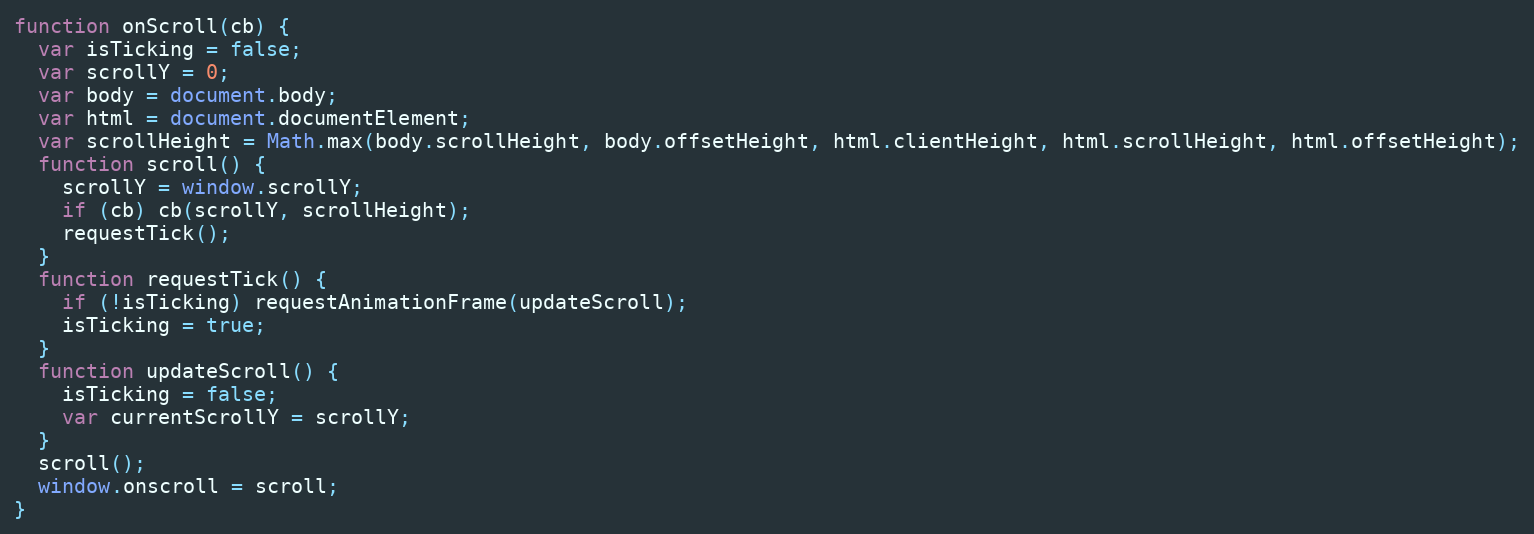
Language: JavaScript
function onScroll(cb) {
  var isTicking = false;
  var scrollY = 0;
  var body = document.body;
  var html = document.documentElement;
  var scrollHeight = Math.max(body.scrollHeight, body.offsetHeight, html.clientHeight, html.scrollHeight, html.offsetHeight);
  function scroll() {
    scrollY = window.scrollY;
    if (cb) cb(scrollY, scrollHeight);
    requestTick();
  }
  function requestTick() {
    if (!isTicking) requestAnimationFrame(updateScroll);
    isTicking = true;
  }
  function updateScroll() {
    isTicking = false;
    var currentScrollY = scrollY;
  }
  scroll();
  window.onscroll = scroll;
}